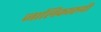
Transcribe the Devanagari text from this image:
जालिकारूपी